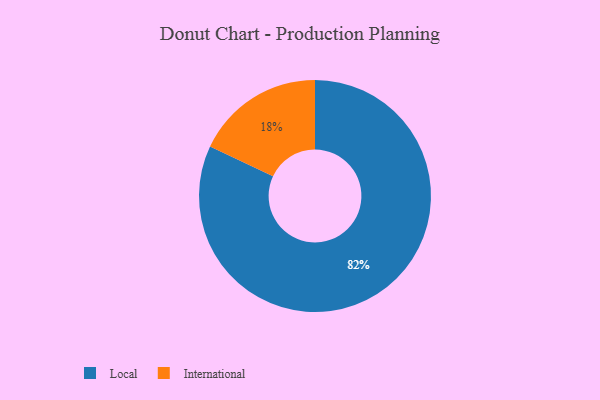
{"axis": {"x": "Category", "y": "Percentage"}, "legend": ["International", "Local"], "data": [{"x": "International", "y": 18, "type": "International"}, {"x": "Local", "y": 82, "type": "Local"}]}